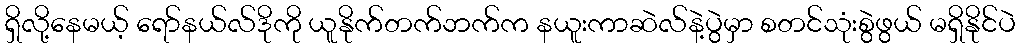
ရှိလို့နေမယ့် ရော်နယ်လ်ဒိုကို ယူနိုက်တက်ဘက်က နယူးကာဆဲလ်နဲ့ပွဲမှာ စတင်သုံးစွဲဖွယ် မရှိနိုင်ပဲ